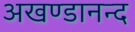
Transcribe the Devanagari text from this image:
अखण्डानन्द